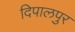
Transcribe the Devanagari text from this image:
दिपालपुर